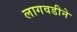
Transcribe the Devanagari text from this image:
लागवडीने